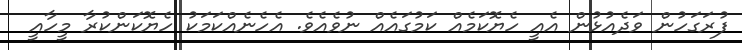
ފުރަގަހުން ވަދެއުޅުން އެއީ ހެޔޮކަމެއް ކަމުގައެއް ނުވެއެވެ. އެހެނެއްކަމަކު ހެޔޮކަންކުރާ މީހާއީ